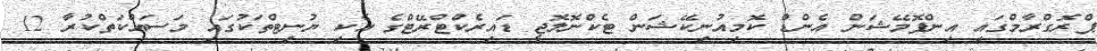
ޕްރޮގްރާމްގައިިިިިިިިިިި އިންފޮމޭޝަން އެންޑް ކޮމިއުނިކޭޝަން ޓެކްނޮލޮޖީ ޑައިރެކްޓްރޭޓްގެ އެކި ޔުނިޓްތަކުގައި މަސައްކަތްކުރާ 12